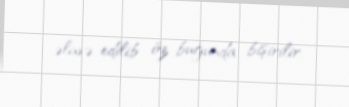
əlavə edilib öz buğunda bişirilir.